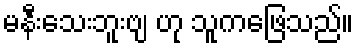
မနီးသေးဘူးဗျ ဟု သူကဖြေသည်။